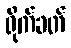
ရိုက်ခတ်